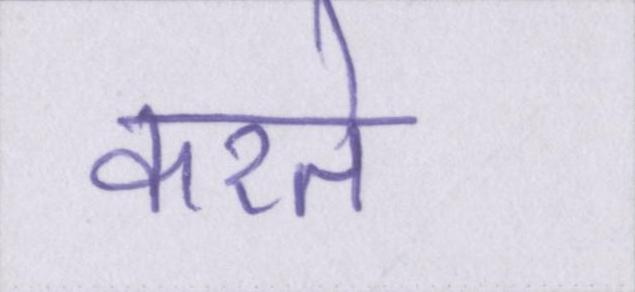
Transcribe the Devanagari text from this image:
करते